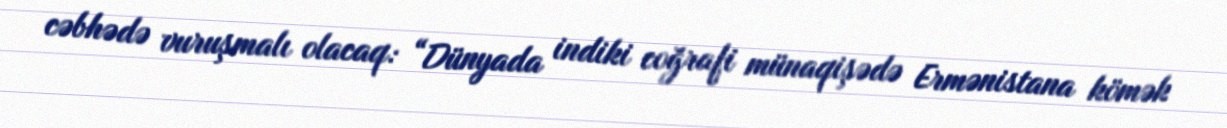
cəbhədə vuruşmalı olacaq: “Dünyada indiki coğrafi münaqişədə Ermənistana kömək